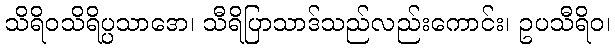
သိရိဝသိရိပ္ပသာဒော၊ သီရိပြာသာဒ်သည်လည်းကောင်း၊ ဥပသီရိဝ၊